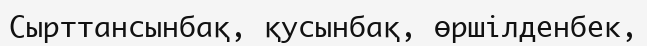
Сырттансынбақ, қусынбақ, өршілденбек,